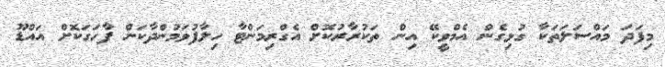
މިފަދަ މައްސަލަތަކާ ގުޅިގެން އެމްވީކޭ އިން ތަކުރާރުކޮށް އެގްރިމަންޓާ ހިލާފުވަމުންދާކަން ފާހަގަކޮށް އައްޑޫ